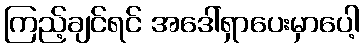
ကြည့်ချင်ရင် အဒေါ်ရှာပေးမှာပေါ့